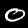
Digit: 0